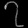
Digit: ၇